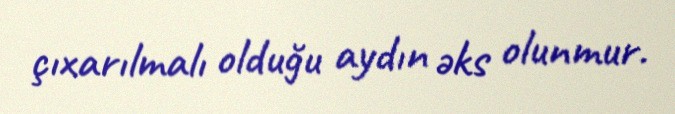
çıxarılmalı olduğu aydın əks olunmur.